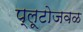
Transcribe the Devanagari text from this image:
प्लूटोजवळ